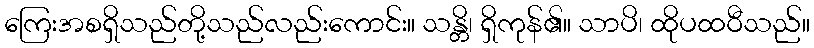
ကြေးအစရှိသည်တို့သည်လည်းကောင်း။ သန္တိ၊ ရှိကုန်၏။ သာပိ၊ ထိုပထဝီသည်။